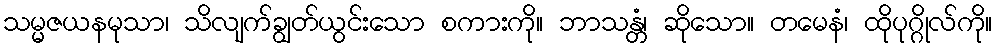
သမ္မဇယနမုသာ၊ သိလျက်ချွတ်ယွင်းသော စကားကို။ ဘာသန္တံ၊ ဆိုသော။ တမေနံ၊ ထိုပုဂ္ဂိုလ်ကို။